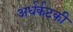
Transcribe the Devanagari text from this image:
अर्धर्कटकी